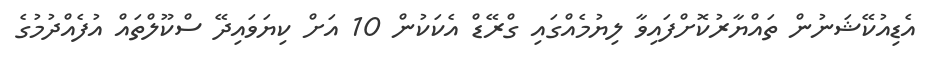
އެޑިއުކޭޝަނުން ތައްޔާރުކޮށްފައިވާ ލިޔުމެއްގައި ގްރޭޑް އެކަކުން 10 އަށް ކިޔަވައިދޭ ސްކޫލްތައް އުފެއްދުމުގެ